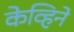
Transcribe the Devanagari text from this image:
केव्हिने